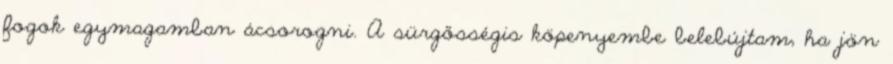
fogok egymagamban ácsorogni. A sürgősségis köpenyembe belebújtam, ha jön